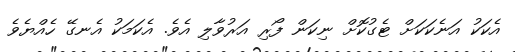
އެކަކު އަނެކަކަށް ޓެގުކޮށް ނިކަން ފޯރި އަރުވާލި އެވެ. އެކަމަކު އެނގޭ ހެއްޔެވެ